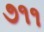
૭૧૧